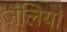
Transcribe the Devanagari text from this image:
जलियां